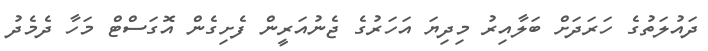
ދައުލަތުގެ ހަރަދަށް ބަލާއިރު މިދިޔަ އަހަރުގެ ޖެނުއަރީން ފެށިގެން އޮގަސްޓް މަހާ ދެމެދު